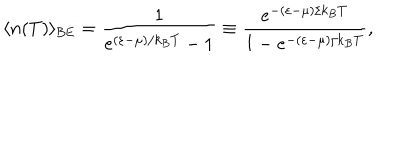
LaTeX: \langle n ( T ) \rangle _ { \mathrm { { B E } } } = \frac { 1 } { e ^ { ( \varepsilon - \mu ) / k _ { B } T } - 1 } \equiv \frac { e ^ { - ( \varepsilon - \mu ) / k _ { B } T } } { 1 - e ^ { - ( \varepsilon - \mu ) / k _ { B } T } } ,